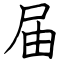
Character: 届